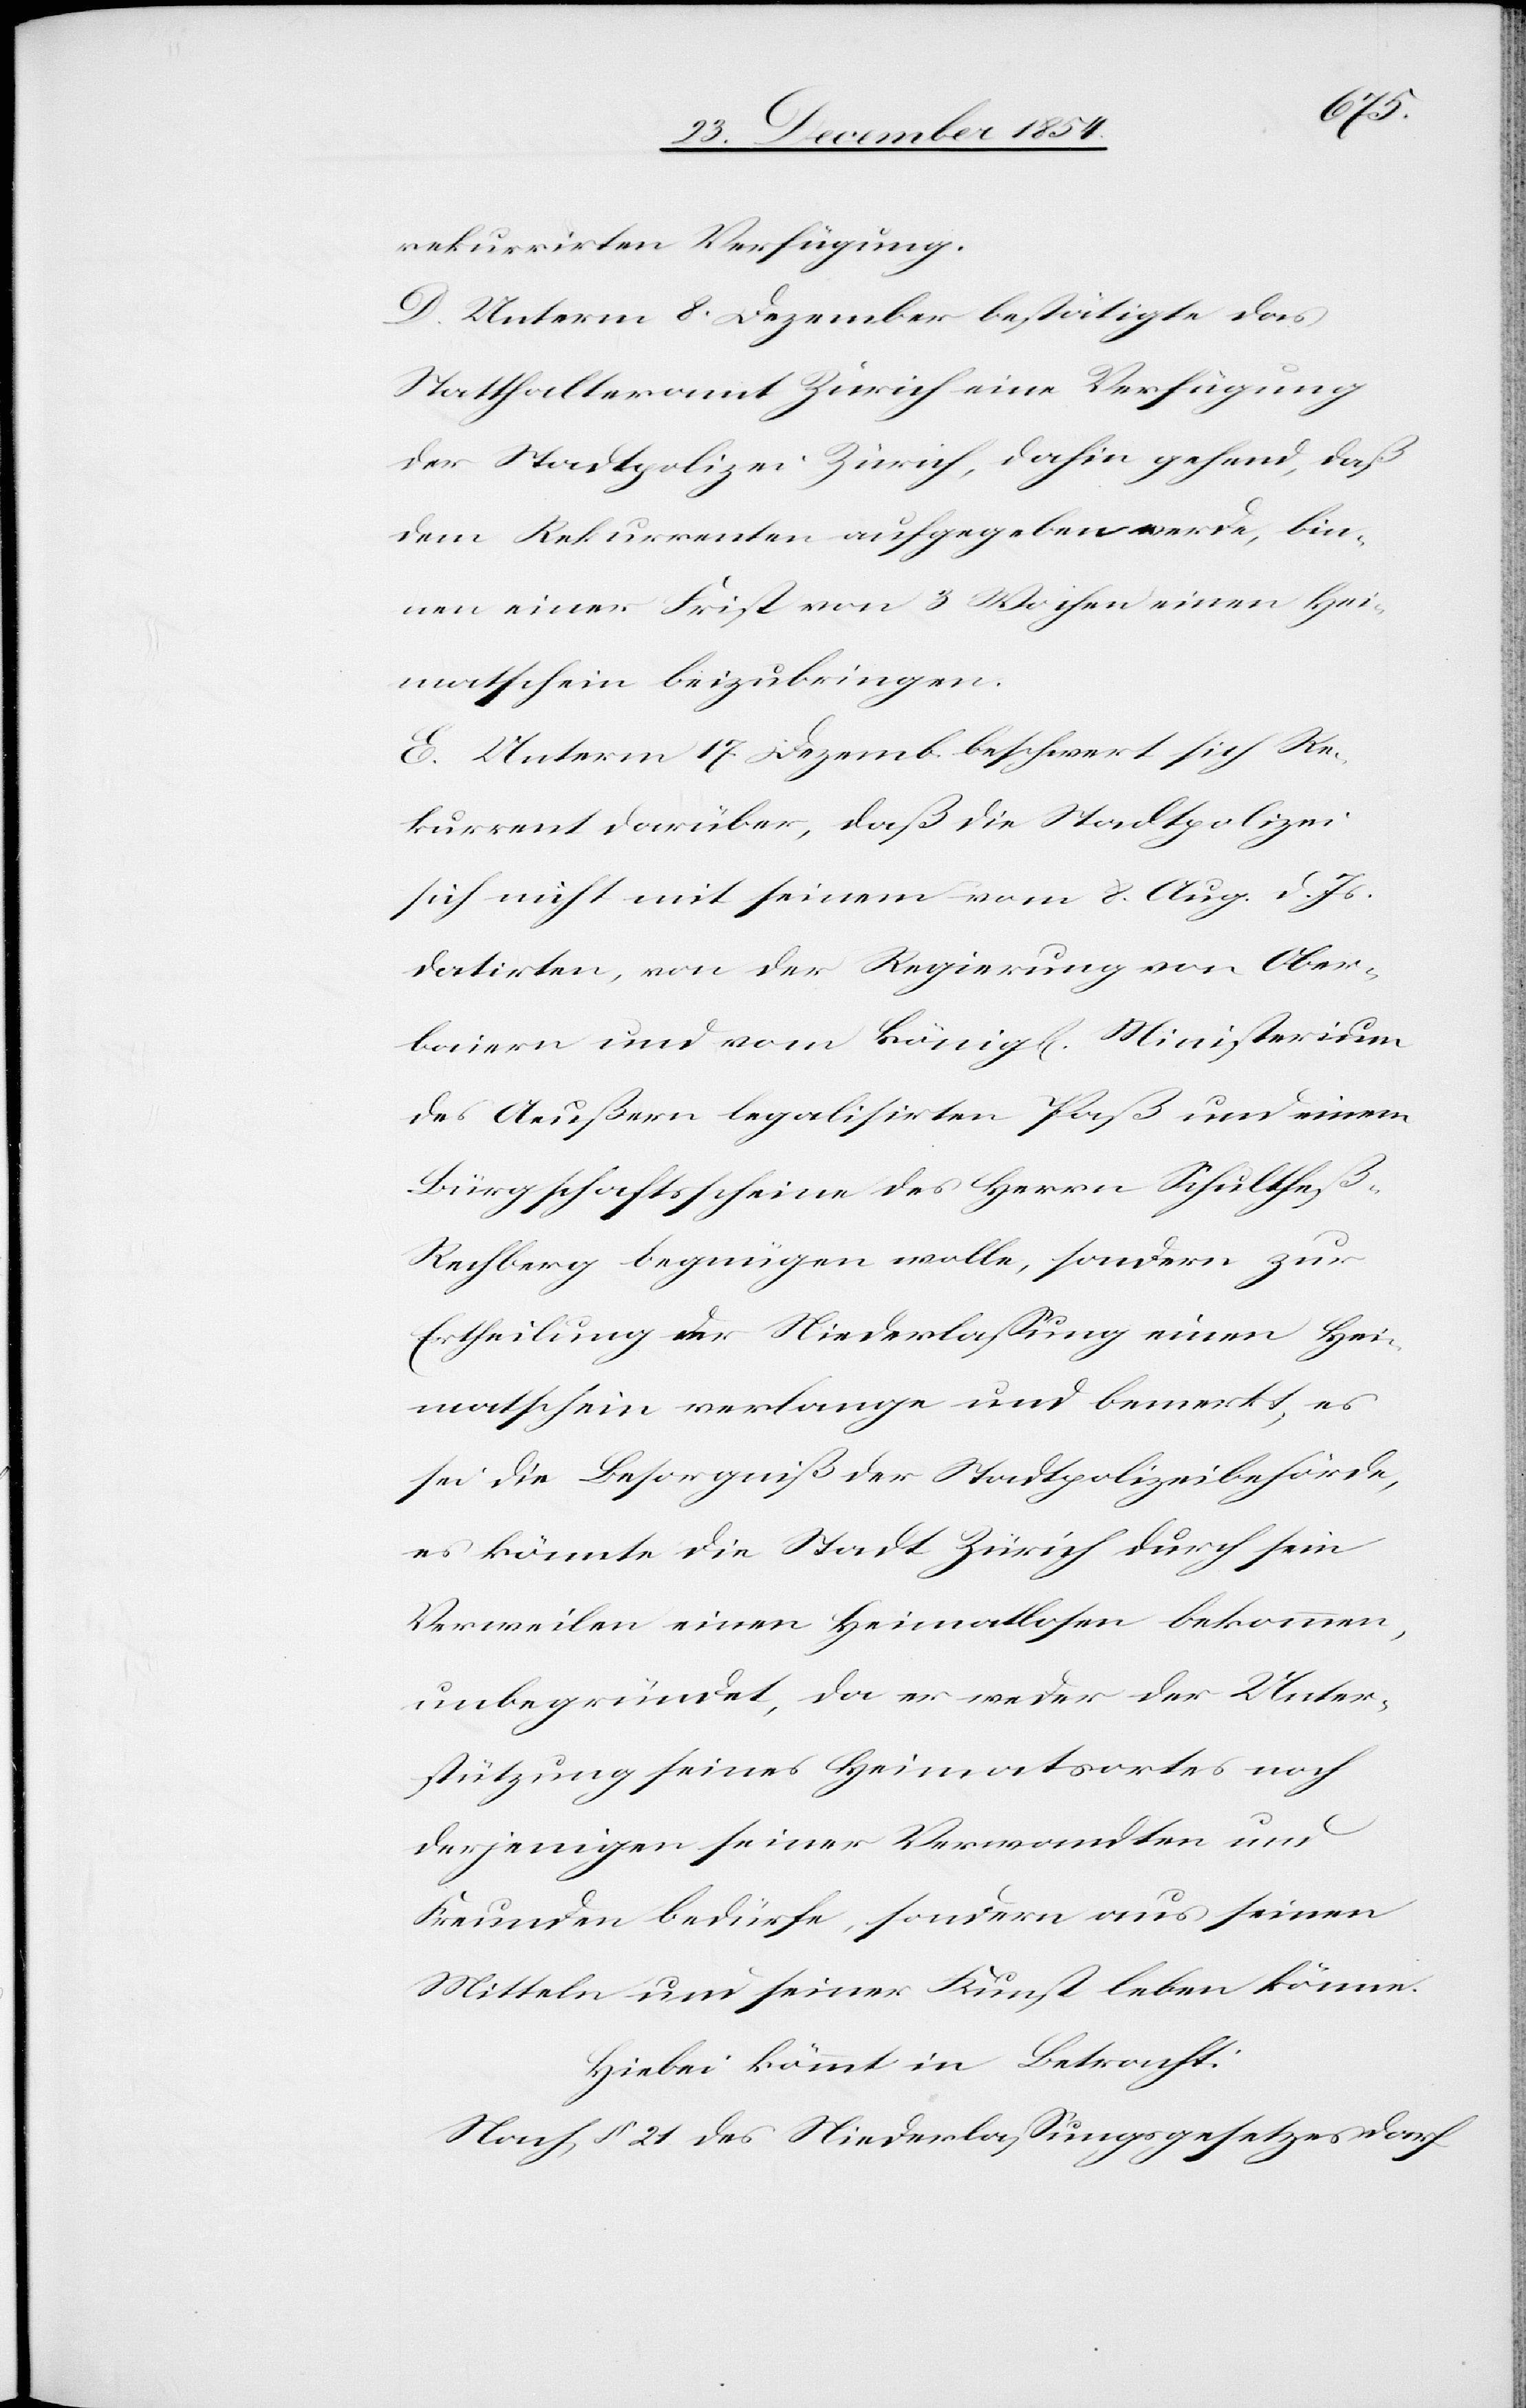
rekurrirten Verfügung.
D. Unterm 8. Dezember bestätigte das
Statthalteramt Zürich eine Verfügung
der Stadtpolizei Zürich, dahin gehend, daß
dem Rekurrenten aufgegeben werde, bin¬
nen einer Frist von 3 Wochen einen Hei¬
matschein beizubringen.
E. Unterm 17. Dezemb. beschwert sich Re¬
kurrent darüber, daß die Stadtpolizei
sich nicht mit seinem vom 8. Aug. d. Js.
datirten, von der Regierung von Ober¬
baiern und vom königl. Ministerium
des Aeußern legalisirten Paß und einem
Bürgschaftsscheine des Herrn Schultheß-R¬
echberg begnügen wolle, sondern zur
Ertheilung der Niederlaßung einen Hei¬
matschein verlange und bemerkt, es
sei die Besorgniß der Stadtpolizeibehörde,
es könnte die Stadt Zürich durch sein
Verweilen einen Heimatlosen bekommen,
unbegründet, da er weder der Unter¬
stützung seines Heimatsortes noch
derjenigen seiner Verwandten und
Freunden bedürfe, sondern aus seinen
Mitteln und seiner Kunst leben könne.
Hiebei kömmt in Betracht:
Nach § 21 des Niederlaßungsgesetzes darf